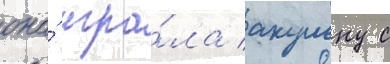
она́ игра́ла акульку с